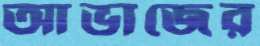
আভাজের